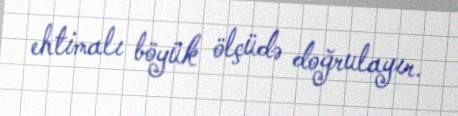
ehtimalı böyük ölçüdə doğrulayır.